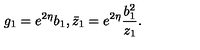
g _ { 1 } = e ^ { 2 \eta } b _ { 1 } , \bar { z } _ { 1 } = e ^ { 2 \eta } \frac { b _ { 1 } ^ { 2 } } { z _ { 1 } } .